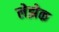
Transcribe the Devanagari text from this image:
लेझेक